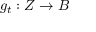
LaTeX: g _ { t } : Z \to B